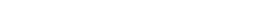
\underline